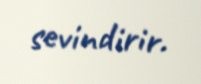
sevindirir.